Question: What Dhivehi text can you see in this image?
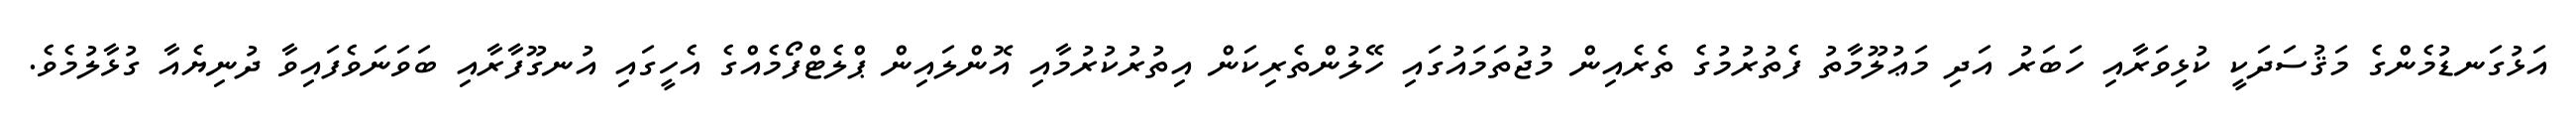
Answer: އަޅުގަނޑުމެންގެ މަޤުސަދަކީ ކުޅިވަރާއި ހަބަރު އަދި މަޢުލޫމާތު ފެތުރުމުގެ ތެރެއިން މުޖުތަމައުގައި ހޭލުންތެރިކަން އިތުރުކުރުމާއި އޮންލައިން ޕްލެޓްފޯމެއްގެ އެހީގައި އުނގޫފާރާއި ބަވަނަވެފައިވާ ދުނިޔެއާ ގުޅާލުމެވެ.